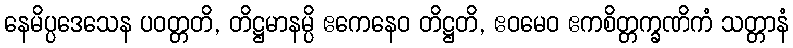
နေမိပ္ပဒေသေန ပဝတ္တတိ, တိဋ္ဌမာနမ္ပိ ဧကေနေဝ တိဋ္ဌတိ, ဧဝမေဝ ဧကစိတ္တက္ခဏိကံ သတ္တာနံ